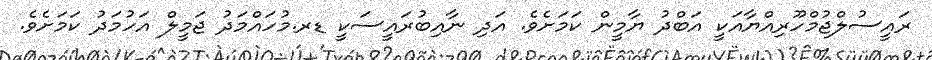
ރައީސުލްޖުމްހޫރިއްޔާއަކީ އަބްދު ޔާމީން ކަމަށެވެ. އަދި ނާއިބުރައީސަކީ ޑރ.މުހައްމަދު ޖަމީލް އަހުމަދު ކަމަށެވެ.